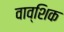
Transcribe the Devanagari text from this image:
वाव्शिक